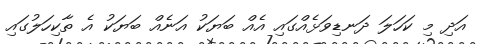
އަދި މި ކަހަލަ ދަނޑިވަޅެއްގައި އެއް ބަޔަކު އަނެއް ބަޔަކު އެ ތާކިހަލުގައި